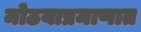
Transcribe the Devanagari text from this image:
मोठयाप्रमाणात